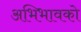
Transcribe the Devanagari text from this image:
अभिभावको